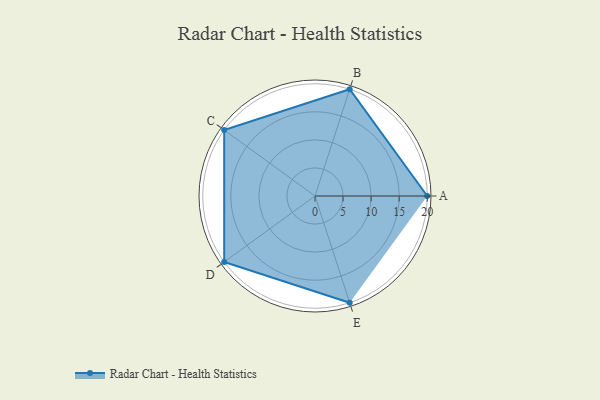
{"axis": {"x": "Skill", "y": "Score"}, "legend": ["Profile"], "data": [{"x": "A", "y": 20, "type": "Profile"}, {"x": "B", "y": 20, "type": "Profile"}, {"x": "C", "y": 20, "type": "Profile"}, {"x": "D", "y": 20, "type": "Profile"}, {"x": "E", "y": 20, "type": "Profile"}]}